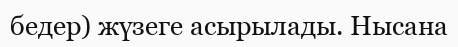
бедер) жүзеге асырылады. Нысана